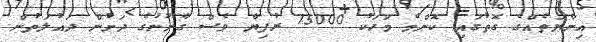
އިނާޔަތެއްގެ ގޮތުގައި ކޮންމެ މަހަކު 75000 ރުފިޔާ ވެސް ގާނޫނުގެ ދަށުން ދައުލަތުން